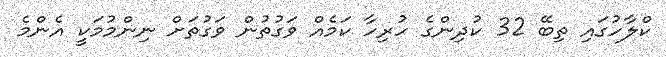
ކްލާހުގައި ތިބޭ 32 ކުދިންގެ ހުރިހާ ކަމެއް ވަގުތުން ވަގުތަށް ނިންމުމަކީ އެންމެ